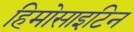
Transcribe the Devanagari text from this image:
हिमोसाइटिन